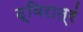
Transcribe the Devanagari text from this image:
द्विरात्रं